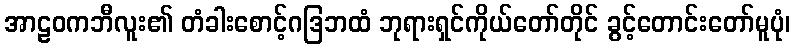
အာဠဝကဘီလူး၏ တံခါးစောင့်ဂဒြဘထံ ဘုရားရှင်ကိုယ်တော်တိုင် ခွင့်တောင်းတော်မူပုံ၊